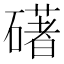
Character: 𥖛